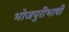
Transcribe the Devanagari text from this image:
भोजपुरीभाषी